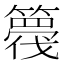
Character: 𮆘